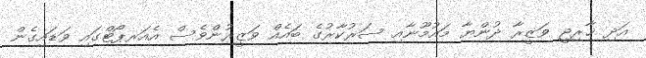
އަދި ޚާރިޖީ ވަޒީރާ ދުންޔާ މައުމޫނާއި ސަރުކާރުގެ ބައެއް ވަޒީރުންވެސް އެއަރޕޯޓްގައި ވަޑައިގެން